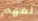
لفهم